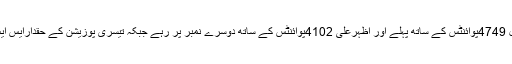
پاک آرمی آرٹلری سینٹر کے محمد بلال 4749پوائنٹس کے ساتھ پہلے اور اظہرعلی 4102پوائنٹس کے ساتھ دوسرے نمبر پر رہے جبکہ تیسری پوزیشن کے حقدارایس ایس سی سینٹر کے شاہد کریم قرار پائے۔